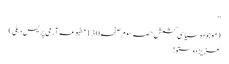
‘‘
(موجودہ سیاسی کشمش حصہ سوم صفحہ130مطبوعہ آرمی پریس دہلی)
عزیز دوستو!